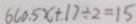
6 6 0 . 5 x + 1 7 \div 2 = 1 5